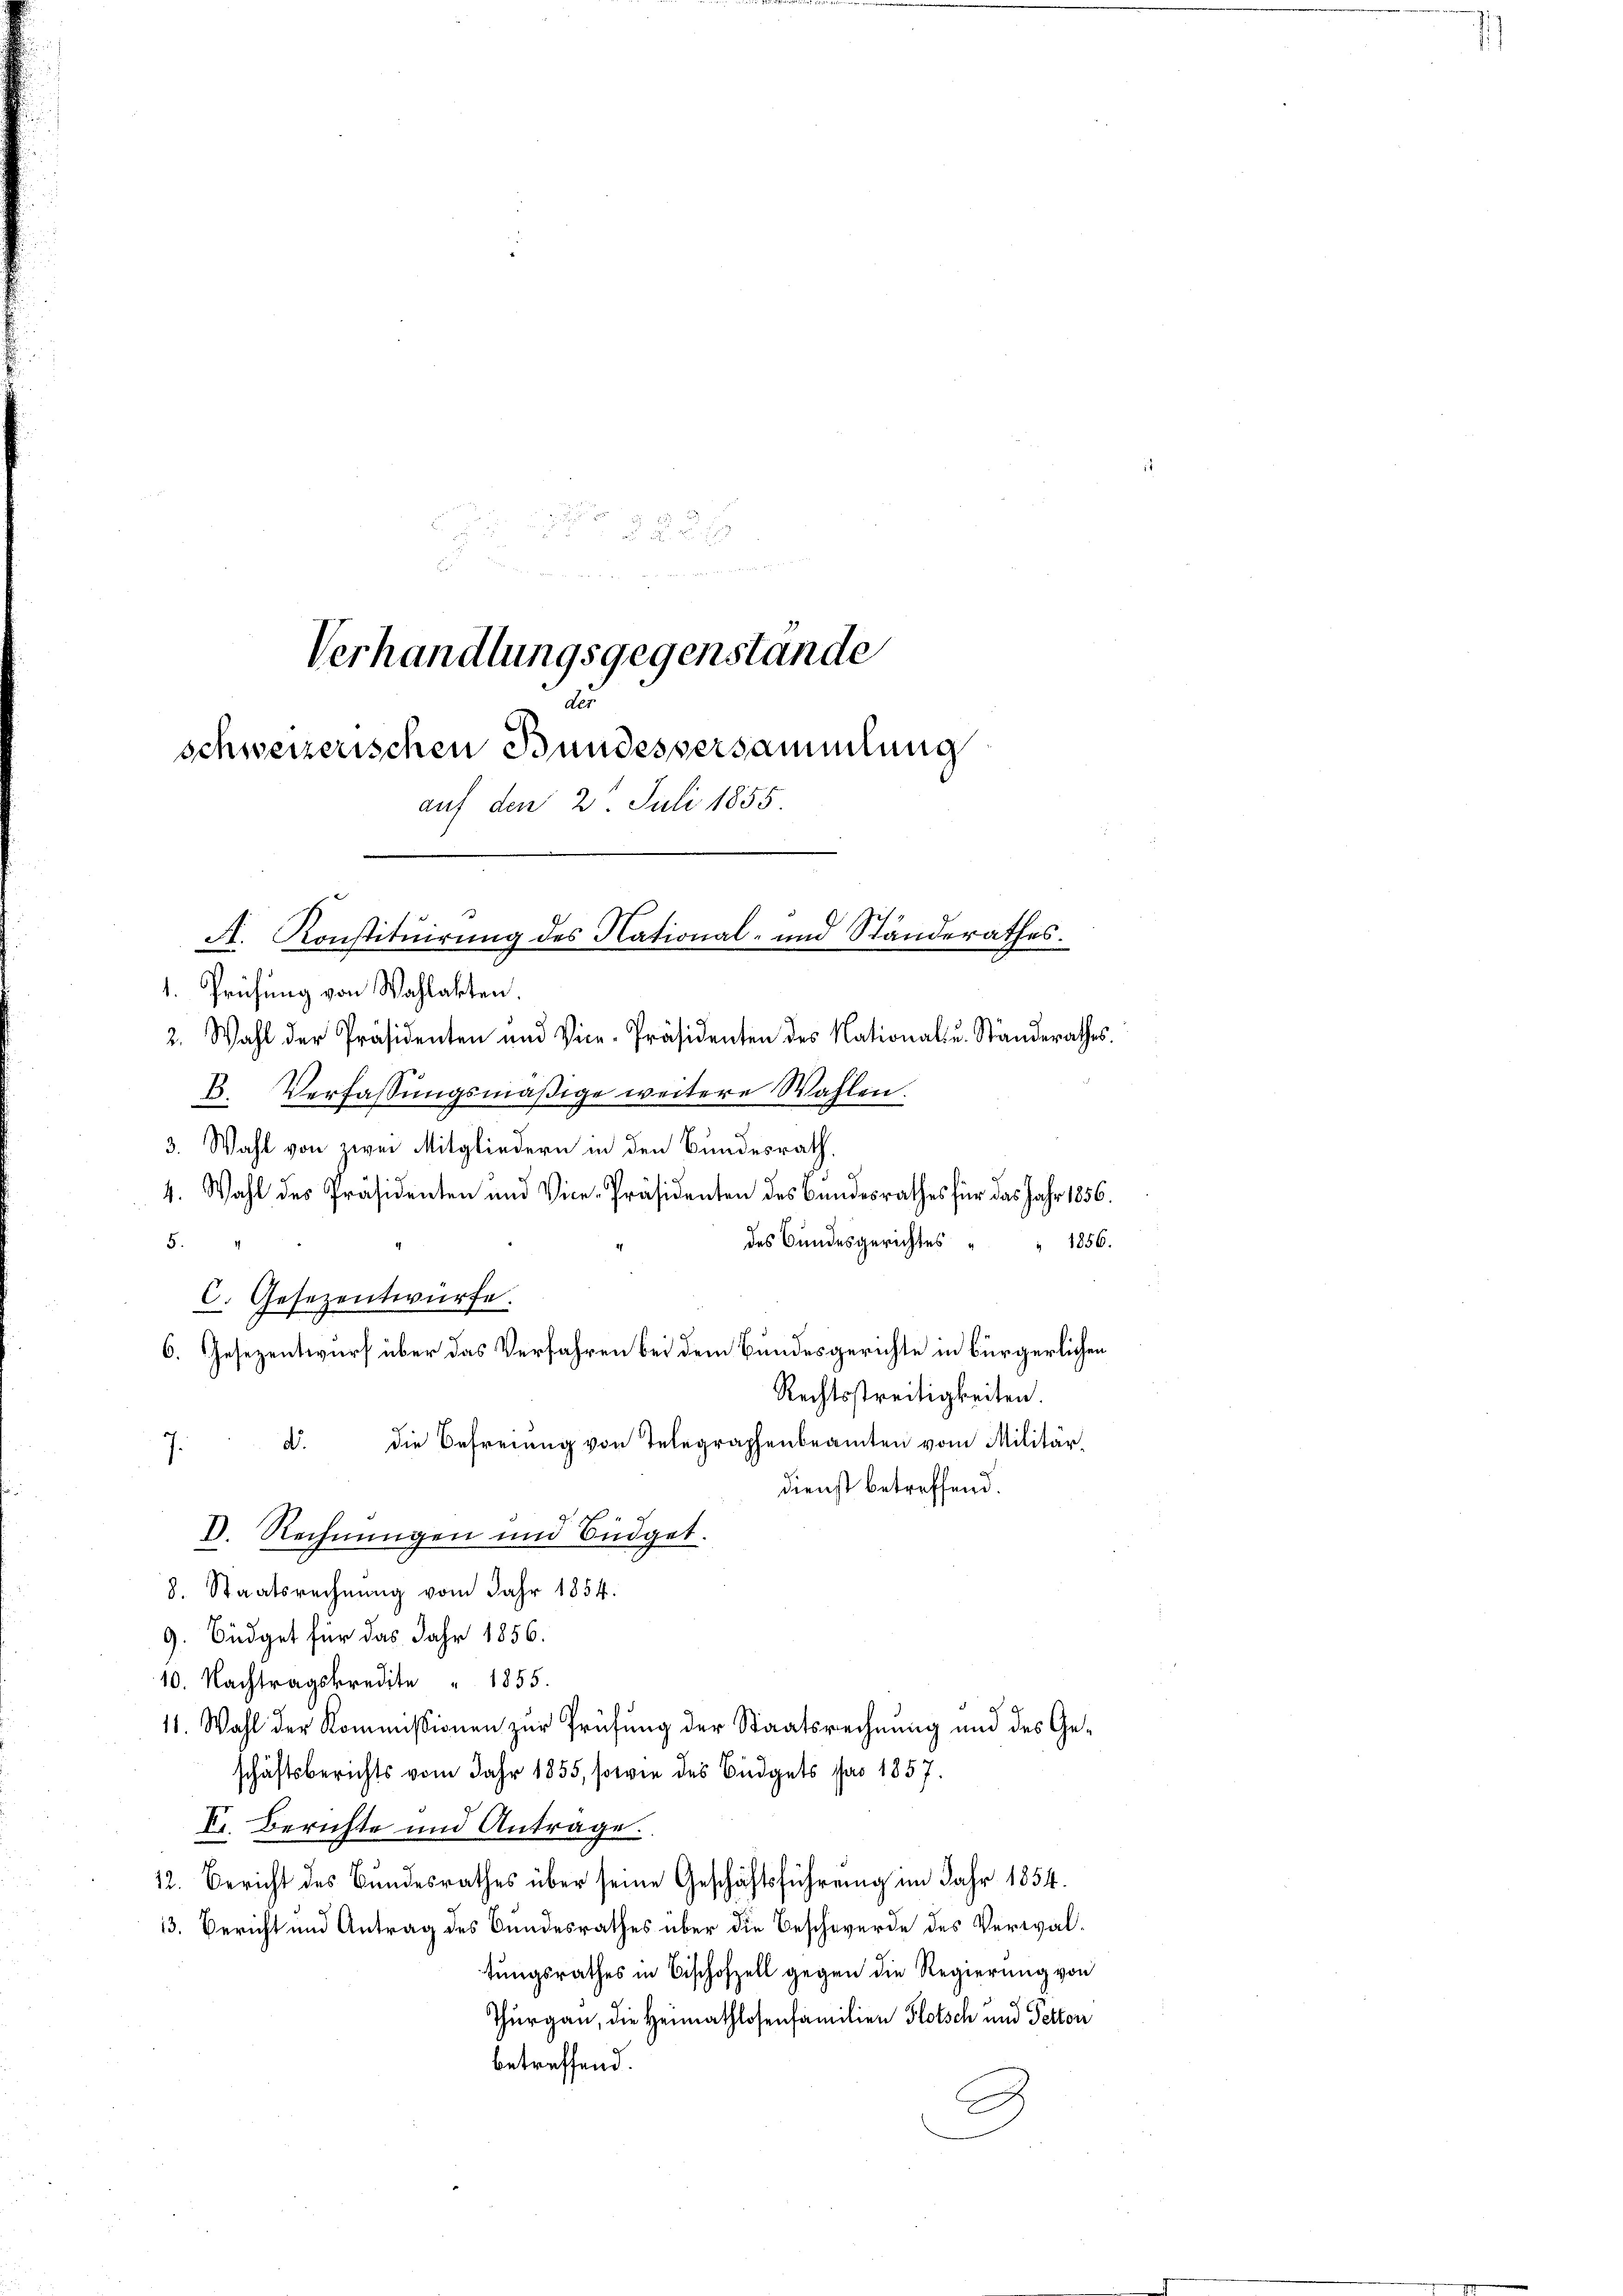
Verhandlungsgegenstände
uu
schweizerischen Bundesversammlung
auf den 2. Juli 1855.
A. Konstituirung des National- und Standerathes.
1. Prüfung von Wahlakten.

C. Gesezentwürfe.
D. Rechnungen und Büdget.

2. Wahl der Präsidenten und Vice-Präsidenten des National- u. Standerathes.
B. Verfassungsmäßige weitere Wahlen.
3. Wahl von zwei Mitgliedern in den Bundesrath,
4. Wahl des Präsidenten und Vice-Präsidenten des Bundesrathes für das Jahr 1856.
5.4
des Bundesgerichtes " " 1856.
6. Gesezentwurf über das Verfahren bei dem Bundesgerichte in bürgerlichen
Rechtsstreitigkeiten.
7. d. die Befreiung von Telegraphenbeamten vom Militär-
Dienst betreffend.
8. Staatsrechnung vom Jahr 1854.
9. Büdget für das Jahr 1856.
10. Nachtragskredite " 1855.
11. Wahl der Kommissionen zur Prüfung der Staatsrechnung und des Geschäftsberichts vom Jahr 1855, sowie des Büdgets pro 1857.
V. Berichte und Antrage.
12. Bericht des Bundesrathes über seine Geschäftsführŭng im Jahr 1854.
13. Bericht und Antrag des Bundesrathes über die Beschwerde des Verwaltungsrathes in Beschofzell gegen die Regierung von
Thurgau, die Heimathlosenfamilien Plotsch und Perton
betreffend.